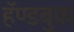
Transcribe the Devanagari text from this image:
हॅण्डबुक